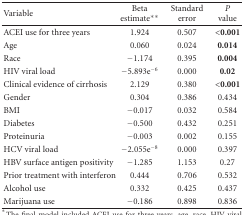
<table><thead><tr><td><b>Variable</b></td><td><b>Beta estimate**</b></td><td><b>Standard error</b></td><td><b><i>P</i> value</b></td></tr></thead><tbody><tr><td>ACEI use for three years</td><td>1.924</td><td>0.507</td><td><b>&lt;0.001</b></td></tr><tr><td>Age</td><td>0.060</td><td>0.024</td><td><b>0.014</b></td></tr><tr><td>Race</td><td>−1.174</td><td>0.395</td><td><b>0.004</b></td></tr><tr><td>HIV viral load</td><td>−5.893e<sup>−6</sup></td><td>0.000</td><td><b>0.02</b></td></tr><tr><td>Clinical evidence of cirrhosis</td><td>2.129</td><td>0.380</td><td><b>&lt;0.001</b></td></tr><tr><td>Gender</td><td>0.304</td><td>0.386</td><td>0.434</td></tr><tr><td>BMI</td><td>−0.017</td><td>0.032</td><td>0.584</td></tr><tr><td>Diabetes</td><td>−0.500</td><td>0.432</td><td>0.251</td></tr><tr><td>Proteinuria</td><td>−0.003</td><td>0.002</td><td>0.155</td></tr><tr><td>HCV viral load</td><td>−2.055e<sup>−8</sup></td><td>0.000</td><td>0.397</td></tr><tr><td>HBV surface antigen positivity</td><td>−1.285</td><td>1.153</td><td>0.27</td></tr><tr><td>Prior treatment with interferon</td><td>0.444</td><td>0.706</td><td>0.532</td></tr><tr><td>Alcohol use</td><td>0.332</td><td>0.425</td><td>0.437</td></tr><tr><td>Marijuana use</td><td>−0.186</td><td>0.898</td><td>0.836</td></tr></tbody></table>